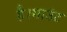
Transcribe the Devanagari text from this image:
है।माउंट